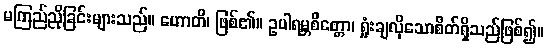
မကြည်ညိုခြင်းများသည်။ ဟောတိ၊ ဖြစ်၏။ ဥပါရမ္ဘစိတ္တော၊ ရှုံးချလိုသောစိတ်ရှိသည်ဖြစ်၍။